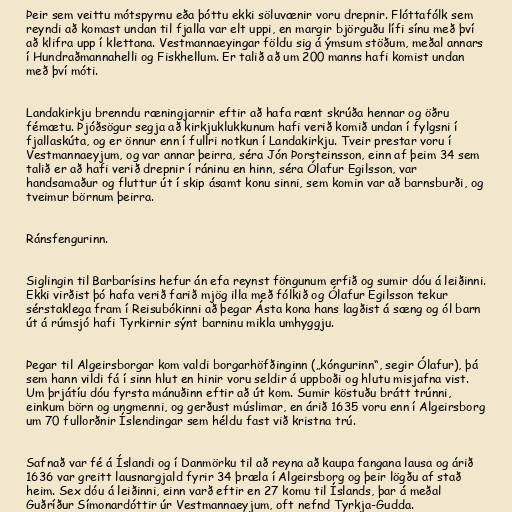
Þeir sem veittu mótspyrnu eða þóttu ekki söluvænir voru drepnir. Flóttafólk sem
reyndi að komast undan til fjalla var elt uppi, en margir björguðu lífi sínu með því
að klifra upp í klettana. Vestmannaeyingar földu sig á ýmsum stöðum, meðal annars
í Hundraðmannahelli og Fiskhellum. Er talið að um 200 manns hafi komist undan
með því móti.

Landakirkju brenndu ræningjarnir eftir að hafa rænt skrúða hennar og öðru
fémætu. Þjóðsögur segja að kirkjuklukkunum hafi verið komið undan í fylgsni í
fjallaskúta, og er önnur enn í fullri notkun í Landakirkju. Tveir prestar voru í
Vestmannaeyjum, og var annar þeirra, séra Jón Þorsteinsson, einn af þeim 34 sem
talið er að hafi verið drepnir í ráninu en hinn, séra Ólafur Egilsson, var
handsamaður og fluttur út í skip ásamt konu sinni, sem komin var að barnsburði, og
tveimur börnum þeirra.

Ránsfengurinn.

Siglingin til Barbarísins hefur án efa reynst föngunum erfið og sumir dóu á leiðinni.
Ekki virðist þó hafa verið farið mjög illa með fólkið og Ólafur Egilsson tekur
sérstaklega fram í Reisubókinni að þegar Ásta kona hans lagðist á sæng og ól barn
út á rúmsjó hafi Tyrkirnir sýnt barninu mikla umhyggju.

Þegar til Algeirsborgar kom valdi borgarhöfðinginn („kóngurinn“, segir Ólafur), þá
sem hann vildi fá í sinn hlut en hinir voru seldir á uppboði og hlutu misjafna vist.
Um þrjátíu dóu fyrsta mánuðinn eftir að út kom. Sumir köstuðu brátt trúnni,
einkum börn og ungmenni, og gerðust múslimar, en árið 1635 voru enn í Algeirsborg
um 70 fullorðnir Íslendingar sem héldu fast við kristna trú.

Safnað var fé á Íslandi og í Danmörku til að reyna að kaupa fangana lausa og árið
1636 var greitt lausnargjald fyrir 34 þræla í Algeirsborg og þeir lögðu af stað
heim. Sex dóu á leiðinni, einn varð eftir en 27 komu til Íslands, þar á meðal
Guðríður Símonardóttir úr Vestmannaeyjum, oft nefnd Tyrkja-Gudda.